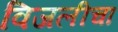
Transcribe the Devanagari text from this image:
विजलीचा